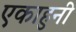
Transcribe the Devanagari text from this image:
एकाहुनी